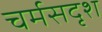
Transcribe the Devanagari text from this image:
चर्मसदृश